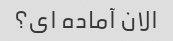
الان آماده ای؟